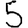
Digit: 5